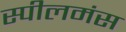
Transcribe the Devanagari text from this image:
स्पीलमंस